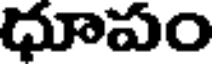
ధూపం